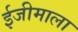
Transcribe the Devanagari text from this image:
ईजीमाला